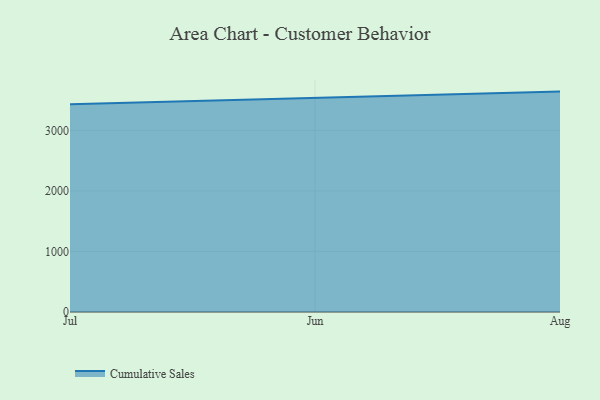
{"axis": {"x": "Month", "y": "Revenue (USD Million)"}, "legend": ["Cumulative Sales"], "data": [{"x": "Jul", "y": 3432.0, "type": "Cumulative Sales"}, {"x": "Jun", "y": 3531.1, "type": "Cumulative Sales"}, {"x": "Aug", "y": 3640.8, "type": "Cumulative Sales"}]}